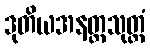
ဒုတိယအနတ္တသုတ္တံ